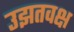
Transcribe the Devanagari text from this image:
उझतवक्ष